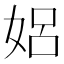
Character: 㛎